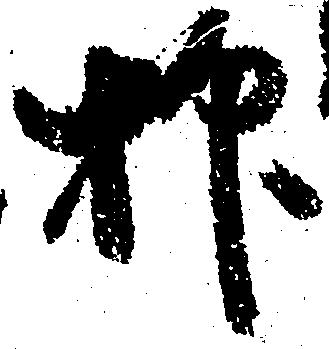
抑